Report of the Indian Hemp Drugs Commission, 1894-1895 - Volume V
Year: 1894
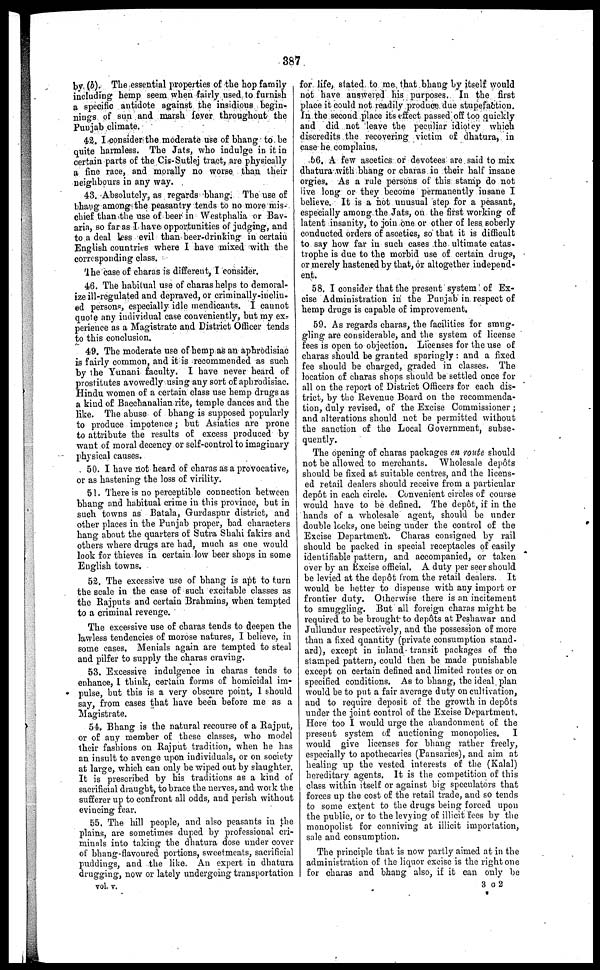
387
by (b). The essential properties of the hop family
including hemp seem when fairly used to furnish
a specific antidote against the insidious begin-
nings of sun and marsh fever throughout the
Punjab climate.
42. I consider the moderate use of bhang to be
quite harmless. The Jats, who indulge in it in
certain parts of the Cis-Sutlej tract, are physically
a fine race, and morally no worse than their
neighbours in any way.
43. Absolutely, as regards bhang. The use of
bhang among the peasantry tends to no more mis-
chief than the use of beer in Westphalia or Bav-
aria, so far as I have opportunities of judging, and
to a deal less evil than beer-drinking in certain
English countries where I have mixed with the
corresponding class.
The case of charas is different, I consider.
46. The habitual use of charas helps to demoral-
ize ill-regulated and depraved, or criminally-inclin-
ed persons, especially idle mendicants. I cannot
quote any individual case conveniently, but my ex-
perience as a Magistrate and District Officer tends
to this conclusion.
49. The moderate use of hemp as an aphrodisiac
is fairly common, and it is recommended as such
by the Yunani faculty. I have never heard of
prostitutes avowedly using any sort of aphrodisiac.
Hindu women of a certain class use hemp drug as
a kind of Bacchanalian rite, temple dances and the
like. The abuse of bhang is supposed popularly
to produce impotence; but Asiatics are prone
to attribute the results of excess produced by
want of moral decency or self-control to imaginary
physical causes.
50. I have not heard of charas as a provocative,
or as hastening the loss of virility.
51. There is no perceptible connection between
bhang and habitual crime in this province, but in
such towns as Batala, Gurdaspur district, and
other places in the Punjab proper, bad characters
hang about the quarters of Sutra Shahi fakirs and
others where drugs are had, much as one would
look for thieves in certain low beer shops in some
English towns.
52. The excessive use of bhang is apt to turn
the scale in the case of 6uch excitable classes as
the Rajputs and certain Brahmins, when tempted
to a criminal revenge.
The excessive use of charas tends to deepen the
lawless tendencies of morose natures, I believe, in
some cases. Menials again are tempted to steal
and pilfer to supply the charas craving.
53. Excessive indulgence in charas tends to
enhance, I think, certain forms of homicidal im-
pulse, but this is a very obscure point, 1 should
say, from cases that have been before me as a
Magistrate.
54. Bhang is the natural recourse of a Rajput,
or of any member of these classes, who model
their fashions on Rajput tradition, when he has
an insult to avenge upon individuals, or on society
at large, which can only be wiped out by slaughter.
It is prescribed by his traditions as a kind of
sacrificial draught, to brace the nerves, and work the
sufferer up to confront all odds, and perish without
evincing fear.
55. The hill people, and also peasants in the
plains, are sometimes duped by professional cri-
minals into taking the dhatura dose under cover
of bhang-flavoured portions, sweetmeats, sacrificial
puddings, and the like. An expert in dhatura
drugging, now or lately undergoing transportation
vol. v.
for life, stated to me that bhang by itself would
not have answered his purposes. In the first
place it could not readily produce due stupefaction.
In the second place its effect passed off too quickly
and did not leave the peculiar idiotcy which
discredits the recovering victim of dhatura, in
case he complaius.
66. A few ascetics or devotees are said to mix
dhatura with bhang or charas in their half insane
orgies. As a rule persons of this stamp do not
live long or they become permanently insane I
believe. It is a hot unusual step for a peasant,
especially among the Jats, on the first working of
latent insanity, to join one or other of less soberly
conducted orders of ascetics, so that it is difficult
to say how far in such cases the ultimate catas-
trophe is due to the morbid use of certain drugs,
or merely hastened by that, or altogether independ-
ent.
58. I consider that the present system of Ex-
cise Administration in the Punjab in respect of
hemp drugs is capable of improvement.
59. As regards charas, the facilities for smug-
gling are considerable, and the system of license
fees is open to objection. Licenses for the use of
charas should be granted sparingly: and a fixed
fee should be charged, graded in classes. The
location of charas shops should be settled once for
all on the report of District Officers for each dis-
trict, by the Revenue Board on the recommenda-
tion, duly revised, of the Excise Commissioner;
and alterations should not be permitted without
the sanction of the Local Government, subse-
quently.
The opening of charas packages en route should
not be allowed to merchants. Wholesale depots
should he fixed at suitable centres, and the licens-
ed retail dealers should receive from a particular
depot in each circle. Convenient circles of course
would have to be defined. The depôt, if in the
hands of a wholesale agent, should be under
double locks, one being under the control of the
Excise Department. Charas consigned by rail
should be packed in special receptacles of easily
identifiable pattern, and accompanied, or taken
over by an Excise official. A duty per seer should
be levied at the depôt from the retail dealers. It
would be better to dispense with any import or
frontier duty. Otherwise there is an incitement
to smuggling. But all foreign charas might be
required to be brought to depôts at Peshawar and
Jullundur respectively, and the possession of more
than a fixed quantity (private consumption stand-
ard), except in inland transit packages of the
stamped pattern, could thou be made punishable
except on certain defined and limited routes or on
specified conditions. As to bhang, the ideal plan
would be to put a fair average duty on cultivation,
and to require deposit of the growth in depots
under the joint control of the Excise Department.
Here too I would urge the abandonment of the
present system of auctioning monopolies. I
would give licenses for bhang rather freely,
especially to apothecaries (Pansaries), and aim at
healing up the vested interests of the (Kalal)
hereditary agents. It is the competition of this
class within itself or against big speculators that
forces up the cost of the retail trade, and so tends
to some extent to the drugs being forced upon
the public, or to the levying of illicit fees by the
monopolist for conniving at illicit importation,
sale and consumption.
The principle that is now partly aimed at in the
administration of the liquor excise is the right one
for charas and bhang also, if it can only be
3 C 2